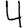
Digit: 4